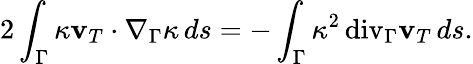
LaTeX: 2\int_{\Gamma}\kappa\mathbf v_{T}\cdot\nabla_{\Gamma}\kappa\, ds=-\int_{\Gamma}\kappa^{2}{\mathop{\, \mathrm{div}}}_{\Gamma}\mathbf v_{T}\, ds.